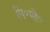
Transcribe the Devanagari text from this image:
गि॰मी॰